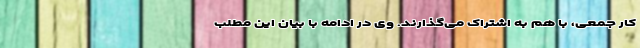
کار جمعی، با هم به اشتراک می‌گذارند. وی در ادامه با بیان این مطلب